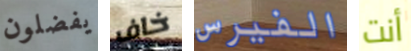
يفضلون خاف الفيرس أنت